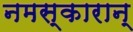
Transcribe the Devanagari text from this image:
नमस्कारान्